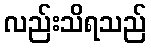
လည်းသိရသည်